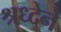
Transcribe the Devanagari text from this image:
श्रध्देने